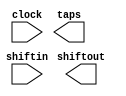
// megafunction wizard: %Shift register (RAM-based)%VBB%
// GENERATION: STANDARD
// VERSION: WM1.0
// MODULE: altshift_taps 

// ============================================================
// Megafunction Name(s):
// 			altshift_taps
//
// Simulation Library Files(s):
// 			altera_mf
// ============================================================
// ************************************************************
// THIS IS A WIZARD-GENERATED FILE. DO NOT EDIT THIS FILE!
//
// 8.0 Build 215 05/29/2008 SJ Full Version
// ************************************************************

//Copyright (C) 1991-2008 Altera Corporation
//Your use of Altera Corporation's design tools, logic functions 
//and other software and tools, and its AMPP partner logic 
//functions, and any output files from any of the foregoing 
//(including device programming or simulation files), and any 
//associated documentation or information are expressly subject 
//to the terms and conditions of the Altera Program License 
//Subscription Agreement, Altera MegaCore Function License 
//Agreement, or other applicable license agreement, including, 
//without limitation, that your use is for the sole purpose of 
//programming logic devices manufactured by Altera and sold by 
//Altera or its authorized distributors.  Please refer to the 
//applicable agreement for further details.

module fifo_disp (
	clock,
	shiftin,
	shiftout,
	taps);

	input	  clock;
	input	[23:0]  shiftin;
	output	[23:0]  shiftout;
	output	[23:0]  taps;

endmodule

// ============================================================
// CNX file retrieval info
// ============================================================
// Retrieval info: PRIVATE: ACLR NUMERIC "0"
// Retrieval info: PRIVATE: CLKEN NUMERIC "0"
// Retrieval info: PRIVATE: GROUP_TAPS NUMERIC "0"
// Retrieval info: PRIVATE: INTENDED_DEVICE_FAMILY STRING "Cyclone II"
// Retrieval info: PRIVATE: NUMBER_OF_TAPS NUMERIC "1"
// Retrieval info: PRIVATE: RAM_BLOCK_TYPE NUMERIC "0"
// Retrieval info: PRIVATE: SYNTH_WRAPPER_GEN_POSTFIX STRING "1"
// Retrieval info: PRIVATE: TAP_DISTANCE NUMERIC "797"
// Retrieval info: PRIVATE: WIDTH NUMERIC "24"
// Retrieval info: CONSTANT: LPM_HINT STRING "RAM_BLOCK_TYPE=M512"
// Retrieval info: CONSTANT: LPM_TYPE STRING "altshift_taps"
// Retrieval info: CONSTANT: NUMBER_OF_TAPS NUMERIC "1"
// Retrieval info: CONSTANT: TAP_DISTANCE NUMERIC "797"
// Retrieval info: CONSTANT: WIDTH NUMERIC "24"
// Retrieval info: USED_PORT: clock 0 0 0 0 INPUT NODEFVAL clock
// Retrieval info: USED_PORT: shiftin 0 0 24 0 INPUT NODEFVAL shiftin[23..0]
// Retrieval info: USED_PORT: shiftout 0 0 24 0 OUTPUT NODEFVAL shiftout[23..0]
// Retrieval info: USED_PORT: taps 0 0 24 0 OUTPUT NODEFVAL taps[23..0]
// Retrieval info: CONNECT: @shiftin 0 0 24 0 shiftin 0 0 24 0
// Retrieval info: CONNECT: shiftout 0 0 24 0 @shiftout 0 0 24 0
// Retrieval info: CONNECT: taps 0 0 24 0 @taps 0 0 24 0
// Retrieval info: CONNECT: @clock 0 0 0 0 clock 0 0 0 0
// Retrieval info: LIBRARY: altera_mf altera_mf.altera_mf_components.all
// Retrieval info: GEN_FILE: TYPE_NORMAL fifo_disp.v TRUE
// Retrieval info: GEN_FILE: TYPE_NORMAL fifo_disp.inc FALSE
// Retrieval info: GEN_FILE: TYPE_NORMAL fifo_disp.cmp FALSE
// Retrieval info: GEN_FILE: TYPE_NORMAL fifo_disp.bsf FALSE
// Retrieval info: GEN_FILE: TYPE_NORMAL fifo_disp_inst.v FALSE
// Retrieval info: GEN_FILE: TYPE_NORMAL fifo_disp_bb.v TRUE
// Retrieval info: GEN_FILE: TYPE_NORMAL fifo_disp_waveforms.html TRUE
// Retrieval info: GEN_FILE: TYPE_NORMAL fifo_disp_wave*.jpg FALSE
// Retrieval info: GEN_FILE: TYPE_NORMAL fifo_disp_syn.v TRUE
// Retrieval info: LIB_FILE: altera_mf